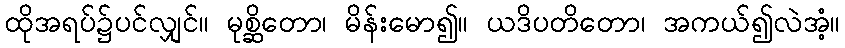
ထိုအရပ်၌ပင်လျှင်။ မုစ္ဆိတော၊ မိန်းမော၍။ ယဒိပတိတော၊ အကယ်၍လဲအံ့။